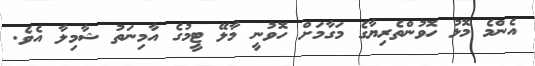
އެންމެ މޮޅު ހޮވުންތެރިޔާގެ މަގާމަށް ހޮވުނީ މާލޭ ޓީމުގެ އާމިނަތު ޝާމިލާ އެވެ.